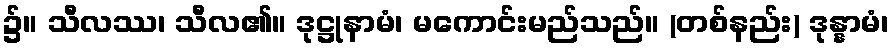
၌။ သီလဿ၊ သီလ၏။ ဒုဋ္ဌုနာမံ၊ မကောင်းမည်သည်။ (တစ်နည်း) ဒုန္နာမံ၊